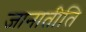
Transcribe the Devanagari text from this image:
जानातीति